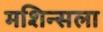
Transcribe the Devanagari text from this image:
मशिन्सला